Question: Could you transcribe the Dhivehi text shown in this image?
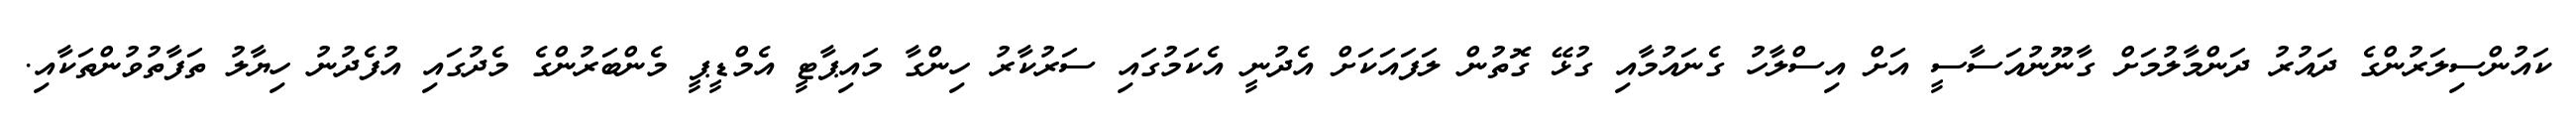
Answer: ކައުންސިލަރުންގެ ދައުރު ދަންމާލުމަށް ގާނޫނުއަސާސީ އަށް އިސްލާހު ގެނައުމާއި ގުޅޭ ގޮތުން ލަފައަކަށް އެދުނީ އެކަމުގައި ސަރުކާރު ހިންގާ މައިޕާޓީ އެމްޑީޕީ މެންބަރުންގެ މެދުގައި އުފެދުނު ހިޔާލު ތަފާތުވުންތަކާއި.